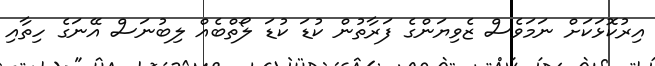
އިރުކޮޅަކަށް ނަމަވެސް ޒެވިޔަންގެ ފަރާތުން ކުޑަ ކުޑަ ލޯތްބެއް ލިބުނަސް އޭނަގެ ހިތާއި